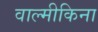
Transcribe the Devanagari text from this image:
वाल्मीकिना